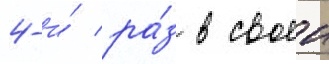
4-и́ ра́з в своеи